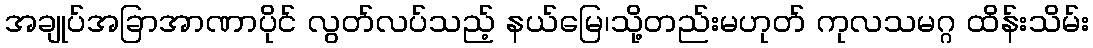
အချုပ်အခြာအာဏာပိုင် လွတ်လပ်သည့် နယ်မြေ၊သို့တည်းမဟုတ် ကုလသမဂ္ဂ ထိန်းသိမ်း